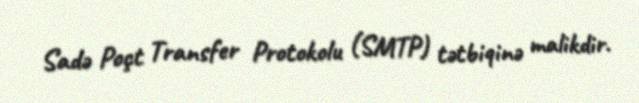
Sadə Poçt Transfer Protokolu (SMTP) tətbiqinə malikdir.